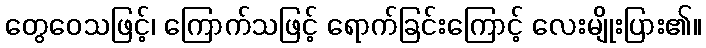
တွေဝေသဖြင့်၊ ကြောက်သဖြင့် ရောက်ခြင်းကြောင့် လေးမျိုးပြား၏။